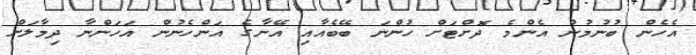
އެހެން ބުނުމުން އެންމެ ދޮށްޓަށް ހުންނަ ބޭބެއާއި އޭނާގެ އަންހެނުން އަހަންނާ ދިމާލަށް